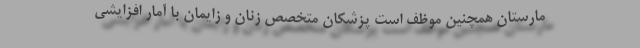
مارستان همچنین موظف است پزشکان متخصص زنان و زایمان با آمار افزایشی